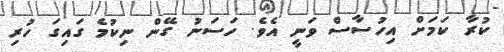
ކުރާ ކަމަށް އިހުސާސް ވަނީ އެވެ. ހަސަނު ގޭން ނިކުމެ ގައިގަ ހުރި